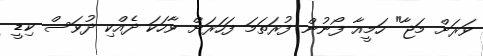
ވަރަށް މަޖާ" ހަމީއާ ފޯނުން ފުރަތަމަ ފަހަރަށް ވާހަކަ ދެއްކި ދުވަސް ކިޑީ